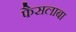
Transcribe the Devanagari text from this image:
फैसलाबा